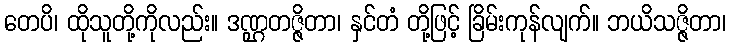
တေပိ၊ ထိုသူတို့ကိုလည်း။ ဒဏ္ဌတဇ္ဇိတာ၊ နှင်တံ တို့ဖြင့် ခြိမ်းကုန်လျက်။ ဘယိသဇ္ဇိတာ၊